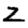
Digit: 2